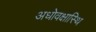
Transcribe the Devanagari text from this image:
अधोवक्षास्थि